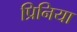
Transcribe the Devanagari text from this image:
प्रिनिया